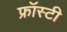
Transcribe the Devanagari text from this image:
फ्रॉस्टी